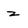
Character: z